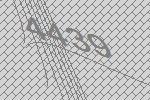
4439